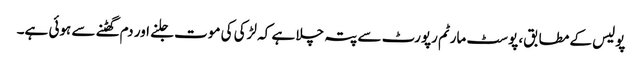
پولیس کے مطابق، پوسٹ مارٹم رپورٹ سے پتہ چلا ہے کہ لڑکی کی موت جلنے اور دم گھٹنے سے ہوئی ہے۔